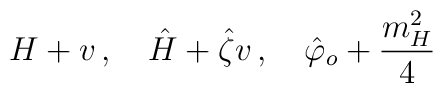
H+ v\, , \quad \hat H + \hat \zeta v\, , \quad \hat \varphi_o + {m_H^2 \over 4 }